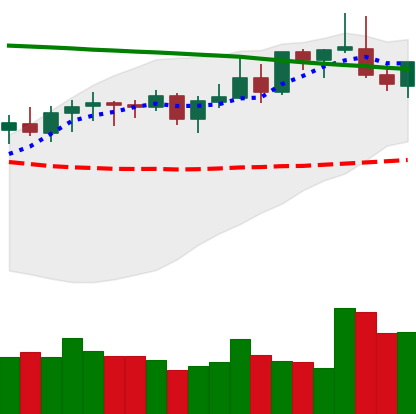
Ticker: LINK-USD
Chart end date: 2021-08-19
Forward return: -4.85%
Label: down_3_5